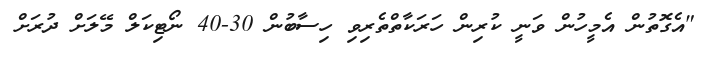
"އެގޮތުން އެމީހުން ވަނީ ކުރިން ހަރަކާތްތެރިވި ހިސާބުން 30-40 ނޯޓިކަލް މޭލަށް ދުރަށް